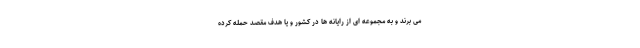
می برند و به مجموعه ای از رایانه ها در کشور و یا هدف مقصد حمله کرده